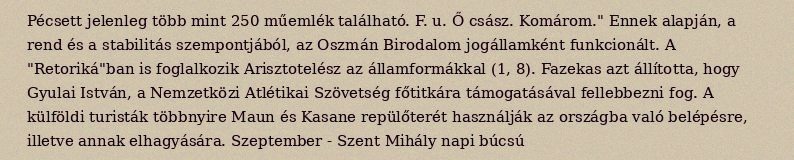
Pécsett jelenleg több mint 250 műemlék található. F. u. Ő csász. Komárom." Ennek alapján, a rend és a stabilitás szempontjából, az Oszmán Birodalom jogállamként funkcionált. A "Retoriká"ban is foglalkozik Arisztotelész az államformákkal (1, 8). Fazekas azt állította, hogy Gyulai István, a Nemzetközi Atlétikai Szövetség főtitkára támogatásával fellebbezni fog. A külföldi turisták többnyire Maun és Kasane repülőterét használják az országba való belépésre, illetve annak elhagyására. Szeptember - Szent Mihály napi búcsú